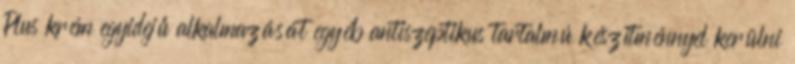
Plus krém egyidejű alkalmazását egyéb antiszeptikus tartalmú készítménnyel kerülni